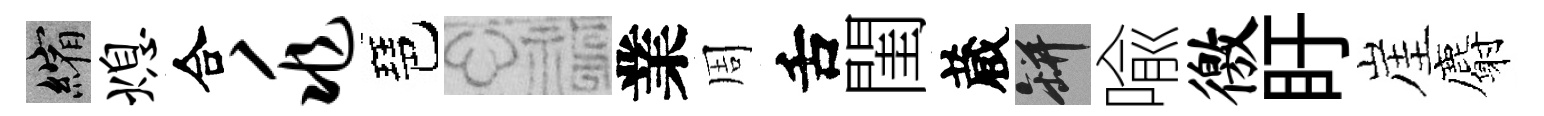
縮熄合兆琶福業周舌閨蔵瓶喩徼盱崖麝